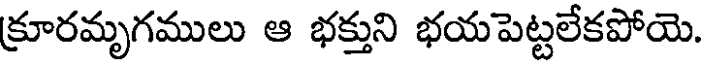
క్రూరమృగములు ఆ భక్తుని భయపెట్టలేకపోయె.